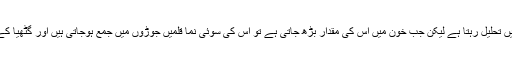
یورک ایسڈ عموماً خون میں تحلیل رہتا ہے لیکن جب خون میں اس کی مقدار بڑھ جاتی ہے تو اس کی سوئی نما قلمیں جوڑوں میں جمع ہوجاتی ہیں اور گٹھیا کے حملے کا سبب بنتی ہیں۔